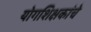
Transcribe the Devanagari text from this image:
योगशिक्षकांचे